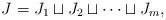
LaTeX: \begin{align*} J = J_1 \sqcup J_2 \sqcup \cdots \sqcup J_{m},\end{align*}